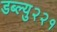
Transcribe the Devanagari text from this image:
डब्ल्यु२२१